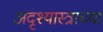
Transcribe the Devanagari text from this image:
अदृश्यास्त्राच्या